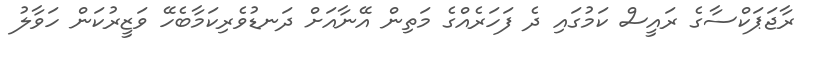
ރާޖަޕަކްސާގެ ރައީސް ކަމުގައި ދެ ފަހަރެއްގެ މަތިން އޭނާއަށް ދަނޑުވެރިކަމާބެހޭ ވަޒީރުކަން ހަވާލު